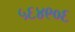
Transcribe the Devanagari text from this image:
५६४९०६